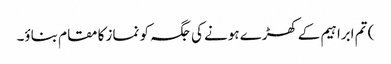
) تم ابراہیم کےکھڑے ہونے کی جگہ کو نماز کا مقام بناؤ۔